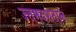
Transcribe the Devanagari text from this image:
उत्तमदशताल